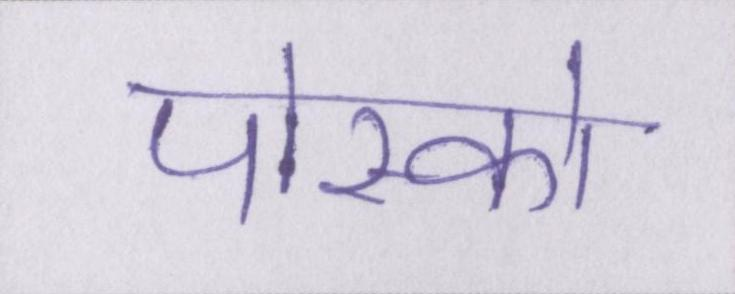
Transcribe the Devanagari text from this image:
पोस्को